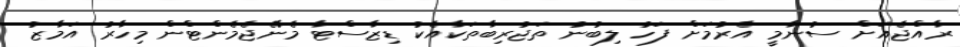
ރާއްޖެއަށް ސުނާމީ އެރުމަށް ފަހު ލިބުނު ތަޖުރިބާތަކާއެކު ޑިޒާސްޓާ މެނޭޖެމެންޓްން މިހާރު އަމާޒު